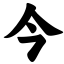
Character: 今